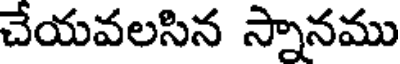
చేయవలసిన స్నానము